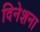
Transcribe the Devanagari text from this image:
दिनेशना